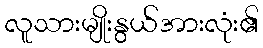
လူသားမျိုးနွယ်အားလုံး၏